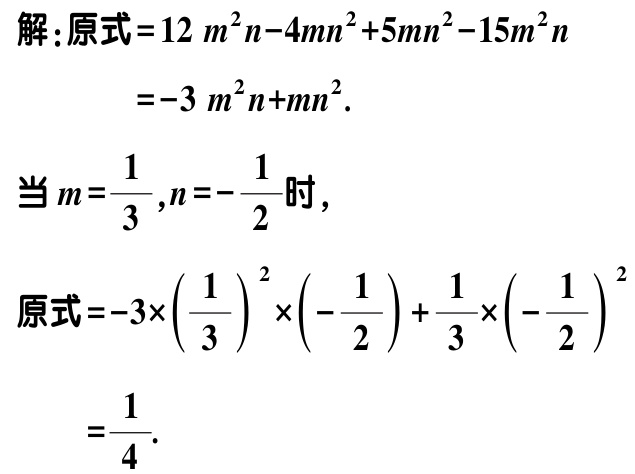
解：原式\(=12m^{2}n - 4mn^{2} + 5mn^{2} - 15m^{2}n\)
\(=-3m^{2}n + mn^{2}\).
当\(m = \dfrac{1}{3},n = -\dfrac{1}{2}\)时，
原式\(=-3\times\left(\dfrac{1}{3}\right)^{2}\times\left(-\dfrac{1}{2}\right)+\dfrac{1}{3}\times\left(-\dfrac{1}{2}\right)^{2}\)
\(=\dfrac{1}{4}\).